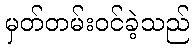
မှတ်တမ်းဝင်ခဲ့သည်